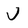
Character: v